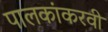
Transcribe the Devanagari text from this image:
पालकांकरवी